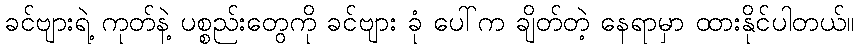
ခင်ဗျားရဲ့ ကုတ်နဲ့ ပစ္စည်းတွေကို ခင်ဗျား ခုံ ပေါ်က ချိတ်တဲ့ နေရာမှာ ထားနိုင်ပါတယ်။